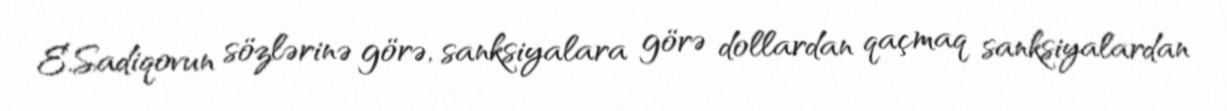
E.Sadiqovun sözlərinə görə, sanksiyalara görə dollardan qaçmaq sanksiyalardan